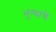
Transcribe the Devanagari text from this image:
भुंग्याचे